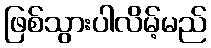
ဖြစ်သွားပါလိမ့်မည်